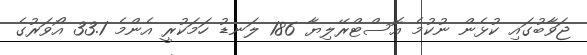
ޖަވާބުގައި ކުޅެން ނުކުމެ އޮސްޓްރޭލިޔާ 186 ލަނޑު ހަމަކުރީ އެންމެ 33.1 އޯވަރުގެ